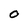
Character: O